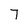
Character: 7